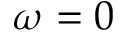
\omega = 0